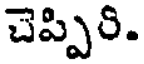
చెప్పిరి.